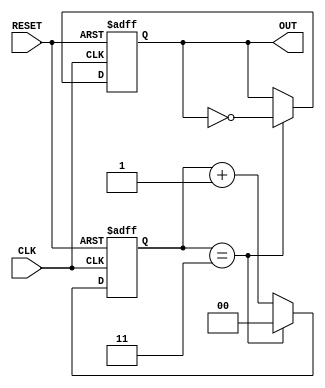
module frequency_divider_counter #(
    parameter N = 4  // Division factor
)(
    input wire CLK,        // Input clock signal
    input wire RESET,      // Asynchronous reset signal
    output reg OUT         // Output pulse signal
);

    // Internal counter
    reg [$clog2(N)-1:0] counter;  // Counter should be able to count from 0 to N-1

    // Always block triggered on the rising edge of the clock
    always @(posedge CLK or posedge RESET) begin
        if (RESET) begin
            counter <= 0;   // Reset counter to 0
            OUT <= 0;       // Reset output signal to 0
        end else begin
            if (counter == N - 1) begin
                OUT <= ~OUT; // Toggle output signal
                counter <= 0; // Reset counter
            end else begin
                counter <= counter + 1; // Increment counter
            end
        end
    end

endmodule